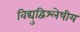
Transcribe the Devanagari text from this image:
विद्युद्विश्लेषीय